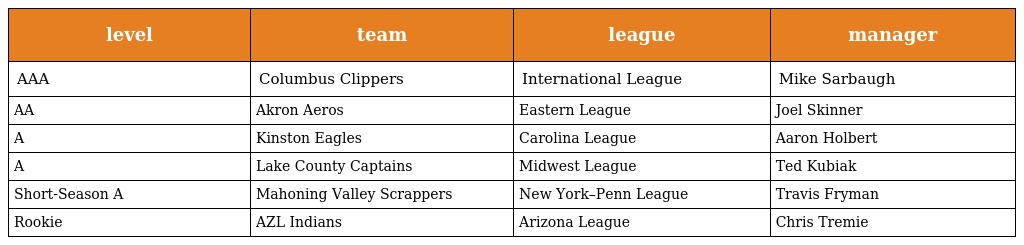
| level | team | league | manager |
 | --- | --- | --- | --- |
 | AAA | Columbus Clippers | International League | Mike Sarbaugh |
 | AA | Akron Aeros | Eastern League | Joel Skinner |
 | A | Kinston Eagles | Carolina League | Aaron Holbert |
 | A | Lake County Captains | Midwest League | Ted Kubiak |
 | Short-Season A | Mahoning Valley Scrappers | New York–Penn League | Travis Fryman |
 | Rookie | AZL Indians | Arizona League | Chris Tremie |